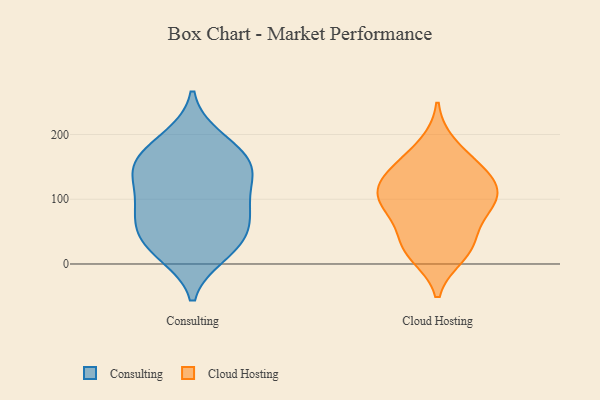
{"axis": {"x": "Headcount", "y": "Value"}, "legend": ["Cloud Hosting", "Consulting"], "data": [{"x": "", "y": 14, "type": "Consulting"}, {"x": "", "y": 88, "type": "Consulting"}, {"x": "", "y": 156, "type": "Consulting"}, {"x": "", "y": 15, "type": "Consulting"}, {"x": "", "y": 35, "type": "Consulting"}, {"x": "", "y": 133, "type": "Consulting"}, {"x": "", "y": 53, "type": "Consulting"}, {"x": "", "y": 155, "type": "Consulting"}, {"x": "", "y": 139, "type": "Consulting"}, {"x": "", "y": 196, "type": "Consulting"}, {"x": "", "y": 64, "type": "Consulting"}, {"x": "", "y": 161, "type": "Consulting"}, {"x": "", "y": 190, "type": "Consulting"}, {"x": "", "y": 35, "type": "Consulting"}, {"x": "", "y": 102, "type": "Consulting"}, {"x": "", "y": 74, "type": "Consulting"}, {"x": "", "y": 148, "type": "Consulting"}, {"x": "", "y": 94, "type": "Consulting"}, {"x": "", "y": 137, "type": "Cloud Hosting"}, {"x": "", "y": 14, "type": "Cloud Hosting"}, {"x": "", "y": 103, "type": "Cloud Hosting"}, {"x": "", "y": 184, "type": "Cloud Hosting"}, {"x": "", "y": 30, "type": "Cloud Hosting"}, {"x": "", "y": 146, "type": "Cloud Hosting"}, {"x": "", "y": 126, "type": "Cloud Hosting"}, {"x": "", "y": 86, "type": "Cloud Hosting"}, {"x": "", "y": 21, "type": "Cloud Hosting"}, {"x": "", "y": 98, "type": "Cloud Hosting"}, {"x": "", "y": 103, "type": "Cloud Hosting"}, {"x": "", "y": 89, "type": "Cloud Hosting"}, {"x": "", "y": 45, "type": "Cloud Hosting"}, {"x": "", "y": 150, "type": "Cloud Hosting"}]}